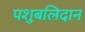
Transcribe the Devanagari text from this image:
पशुबलिदान